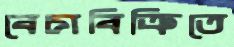
বেচাবিক্রিতে